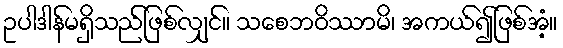
ဥပါဒါန်မရှိသည်ဖြစ်လျှင်။ သစေဘဝိဿာမိ၊ အကယ်၍ဖြစ်အံ့။